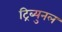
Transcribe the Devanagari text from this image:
ट्रिब्युनल